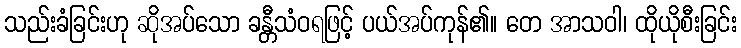
သည်းခံခြင်းဟု ဆိုအပ်သော ခန္တီသံဝရဖြင့် ပယ်အပ်ကုန်၏။ တေ အာသဝါ၊ ထိုယိုစီးခြင်း